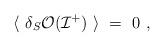
LaTeX: \begin{align*}\langle~ \delta_S {\cal O}({\cal I}^+)~ \rangle~=~0~, \end{align*}